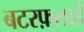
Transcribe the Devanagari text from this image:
बटरफ़्लाई